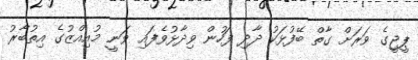
ޕީޖީގެ ވަރަށް ގާތް ބޭފުޅަކު ދާދި ފަހުން ވިދާޅުވެފައި ވަނީ މުއިއްޒުގެ އިތުބާރު